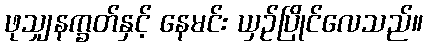
ဖုသျှနက္ခတ်နှင့် နေမင်း ယှဉ်ပြိုင်လေသည်။